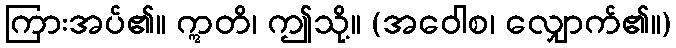
ကြားအပ်၏။ ဣတိ၊ ဤသို့။ (အဝေါစ၊ လျှောက်၏။)